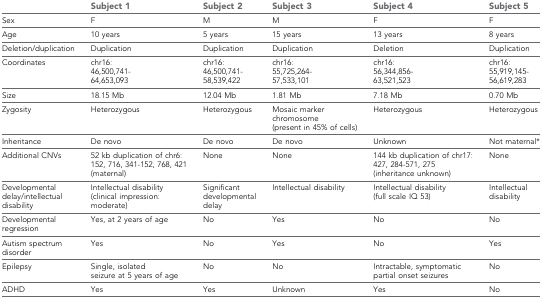
|  | Subject 1 | Subject 2 | Subject 3 | Subject 4 | Subject 5 |
 | --- | --- | --- | --- | --- | --- |
 | Sex | F | M | M | F | F |
 | Age | 10 years | 5 years | 15 years | 13 years | 8 years |
 | Deletion/duplication | Duplication | Duplication | Duplication | Deletion | Duplication |
 | Coordinates | chr16: 46,500,741-64,653,093 | chr16: 46,500,741-58,539,422 | chr16: 55,725,264-57,533,101 | chr16: 56,344,856-63,521,523 | chr16: 55,919,145-56,619,283 |
 | Size | 18.15 Mb | 12.04 Mb | 1.81 Mb | 7.18 Mb | 0.70 Mb |
 | Zygosity | Heterozygous | Heterozygous | Mosaic marker chromosome (present in 45% of cells) | Heterozygous | Heterozygous |
 | Inheritance | De novo | De novo | De novo | Unknown | Not maternal* |
 | Additional CNVs | 52 kb duplication of chr6: 152, 716, 341-152, 768, 421 (maternal) | None | None | 144 kb duplication of chr17: 427, 284-571, 275 (inheritance unknown) | None |
 | Developmental delay/intellectual disability | Intellectual disability (clinical impression: moderate) | Significant developmental delay | Intellectual disability | Intellectual disability (full scale IQ 53) | Intellectual disability |
 | Developmental regression | Yes, at 2 years of age | No | Yes | No | No |
 | Autism spectrum disorder | Yes | No | Yes | No | Yes |
 | Epilepsy | Single, isolated seizure at 5 years of age | No | No | Intractable, symptomatic partial onset seizures | No |
 | ADHD | Yes | Yes | Unknown | Yes | No |